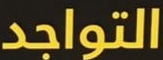
التواجد